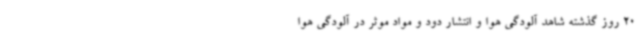
20 روز گذشته شاهد آلودگی هوا و انتشار دود و مواد موثر در آلودگی هوا